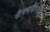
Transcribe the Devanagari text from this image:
सैक्सफ्रीैगेसी